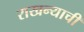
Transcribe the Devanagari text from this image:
राखन्याची